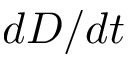
d D / d t